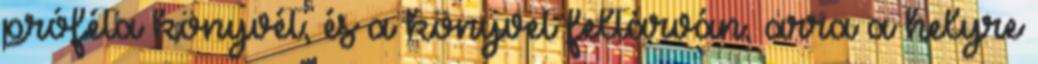
próféta könyvét; és a könyvet feltárván, arra a helyre